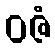
ဝဇံ